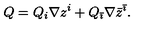
Q = Q _ { i } \nabla z ^ { i } + Q _ { \bar { \imath } } \nabla \bar { z } ^ { \bar { \imath } } .